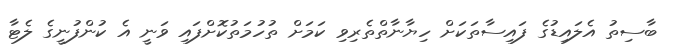
ބާސިތު އެލައިޑުގެ ފައިސާތަކަށް ހިޔާނާތްތެރިވި ކަމަށް ތުހުމަތުކޮށްފައި ވަނީ އެ ކުންފުނީގެ ލެޓާ